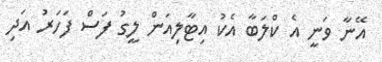
އޭނާ ވަނީ އެ ކްލަބާ އެކު އިޓާލިއަން ލީގު ފަސް ފަހަރު އަދި